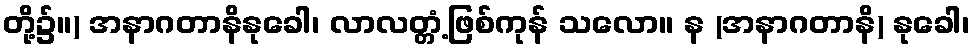
တို့၌။) အနာဂတာနိနုခေါ၊ လာလတ္တံ့ဖြစ်ကုန် သလော။ န (အနာဂတာနိ) နုခေါ၊